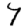
Digit: 7